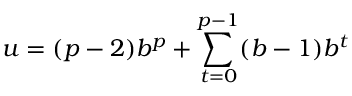
u = ( p - 2 ) b ^ { p } + \sum _ { t = 0 } ^ { p - 1 } ( b - 1 ) b ^ { t }